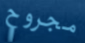
مجروح